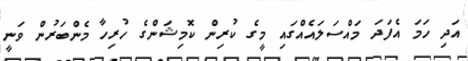
އަދި ހަަމަ އެފަދަ މައްސަލައެއްގައި މީގެ ކުރިން ކޮމިޝަންގެ ހުރިހާ މެންބަރުން ވަނީ